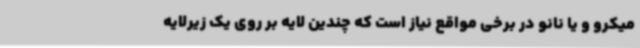
میکرو و یا نانو در برخی مواقع نیاز است که چندین لایه بر روی یک زیرلایه